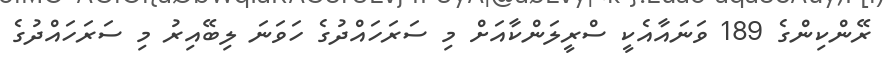
ރޭންކިންގެ 189 ވަނައާއެކީ ސްރީލަންކާއަށް މި ސަރަހައްދުގެ ހަވަނަ ލިބޭއިރު މި ސަރަހައްދުގެ